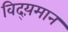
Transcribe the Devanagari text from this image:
विद्य़मान